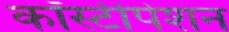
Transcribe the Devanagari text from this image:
कॉस्टीपेशन